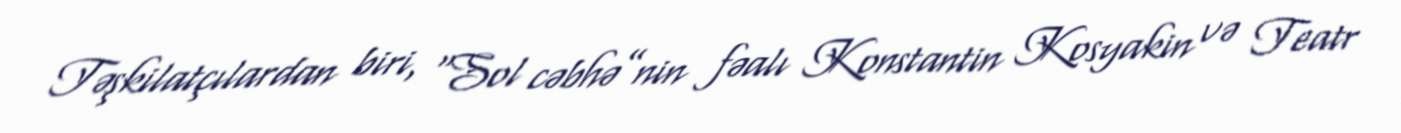
Təşkilatçılardan biri, “Sol cəbhə”nin fəalı Konstantin Kosyakin və Teatr